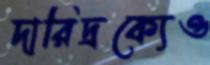
দারিদ্রক্যেও